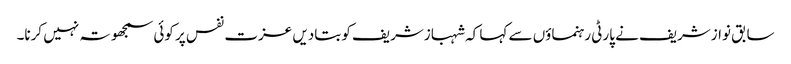
سابق نوازشریف نے پارٹی رہنماؤں سے کہا کہ شہبازشریف کو بتادیں عزت نفس پر کوئی سمجھوتہ نہیں کرنا۔